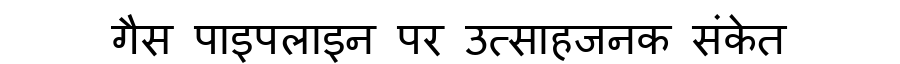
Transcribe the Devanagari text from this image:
गैस पाइपलाइन पर उत्साहजनक संकेत